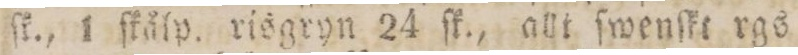
ſk., 1 ſkålp. risgryn 24 ſk., allt ſwenſkt rgs